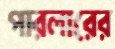
পারলারের